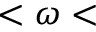
< \omega <